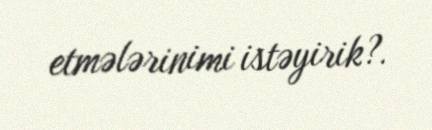
etmələrinimi istəyirik?.